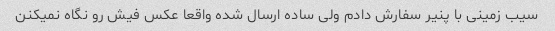
سیب زمینی با پنیر سفارش دادم ولی ساده ارسال شده واقعا عکس فیش رو نگاه نمیکنن